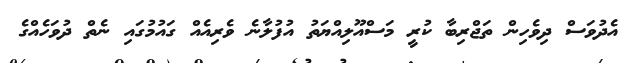
އެދުވަސް ދިވެހިން ތަޖްރިބާ ކުރީ މަސްއޫލިއްޔަތު އުފުލާނެ ވެރިއެއް ގައުމުގައި ނެތް ދުވަހެއްގެ